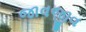
જાવજીવ